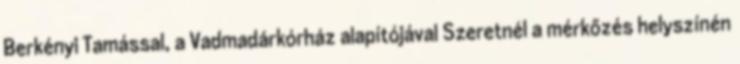
Berkényi Tamással, a Vadmadárkórház alapítójával Szeretnél a mérkőzés helyszínén